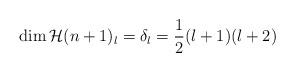
LaTeX: \begin{align*}\dim\mathcal{H}(n+1)_{l}=\delta_{l}=\frac{1}{2}(l+1)(l+2)\mathcal{\ }\end{align*}